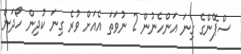
ސްޕޭންގެ ގިނަ އަންހެނުން 2 ނުވަތަ އެއަށް ވުރެ ގިނަ ކުދިން ހޯދަން